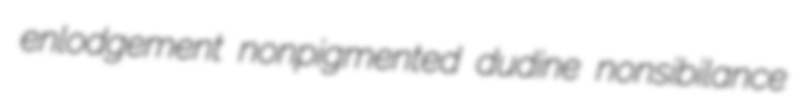
enlodgement nonpigmented dudine nonsibilance